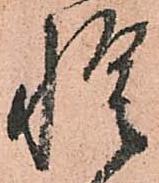
惶